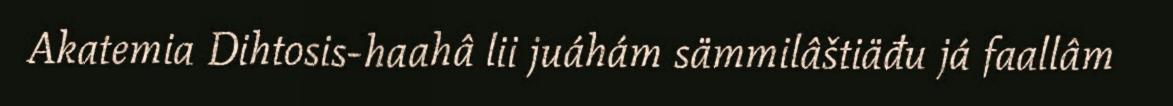
Akatemia Dihtosis-haahâ lii juáhám sämmilâštiäđu já faallâm